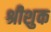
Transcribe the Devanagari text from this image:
श्रीशुक